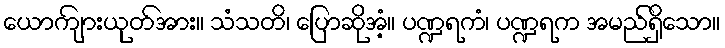
ယောကျ်ားယုတ်အား။ သံသတိ၊ ပြောဆိုအံ့။ ပဏ္ဍရကံ၊ ပဏ္ဍရက အမည်ရှိသော။